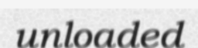
unloaded